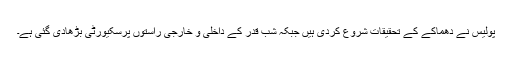
پولیس نے دھماکے کے تحقیقات شروع کردی ہیں جبکہ شب قدر کے داخلی و خارجی راستوں پرسکیورٹی بڑھادی گئی ہے۔